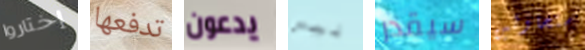
إختاروا تدفعها يدعون ليس سيقدر ستحاولين